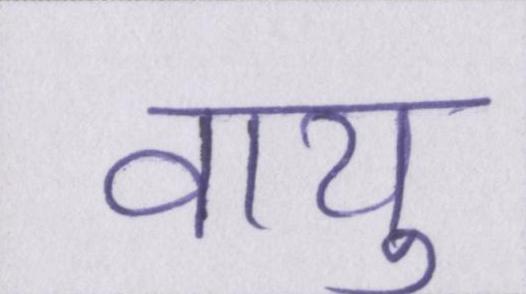
वायु